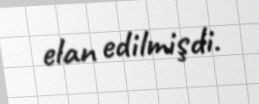
elan edilmişdi.